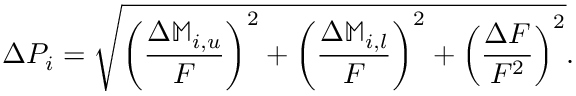
\Delta P _ { i } = \sqrt { \left( \frac { \Delta \mathbb { M } _ { i , u } } { F } \right) ^ { 2 } + \left( \frac { \Delta \mathbb { M } _ { i , l } } { F } \right) ^ { 2 } + \left( \frac { \Delta F } { F ^ { 2 } } \right) ^ { 2 } } .